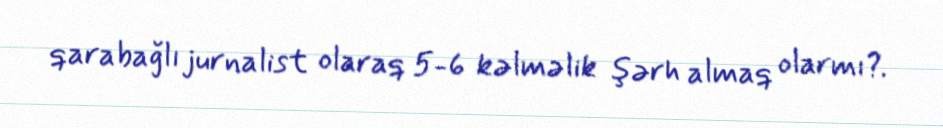
qarabağlı jurnalist olaraq 5-6 kəlməlik şərh almaq olarmı?.